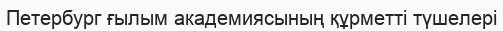
Петербург ғылым академиясының құрметті түшелері